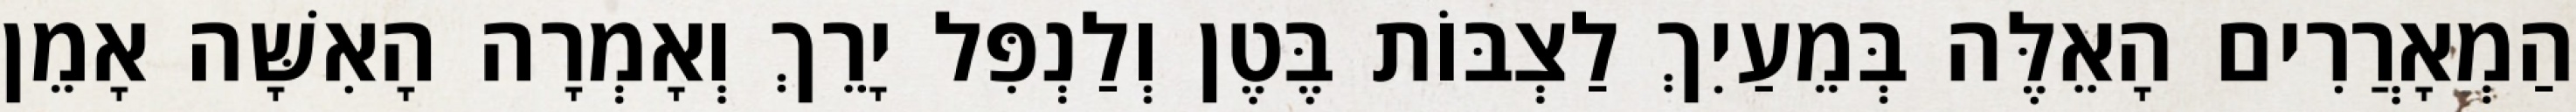
הַמְאָרֲרִים הָאֵלֶּה בְּמֵעַיִךְ לַצְבּוֹת בֶּטֶן וְלַנְפִּל יָרֵךְ וְאָמְרָה הָאִשָּׁה אָמֵן